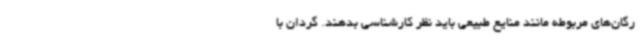
رگان‌های مربوطه مانند منایع طبیعی باید نظر کارشناسی بدهند. گردان با